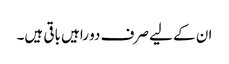
ان کے لیے صرف دو راہیں باقی ہیں۔